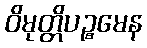
ဝိမုတ္တိပဉ္စမေန